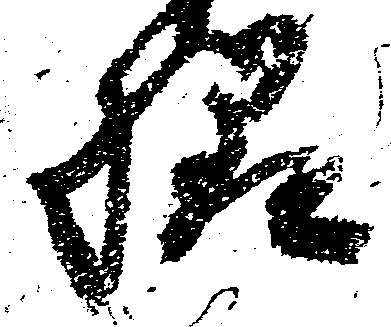
様